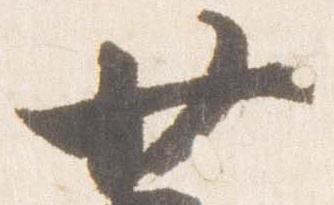
廿